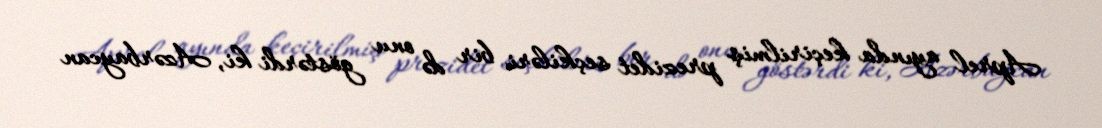
Aprel ayında keçirilmiş prezidet seçkiləri bir də onu göstərdi ki, Azərbaycan